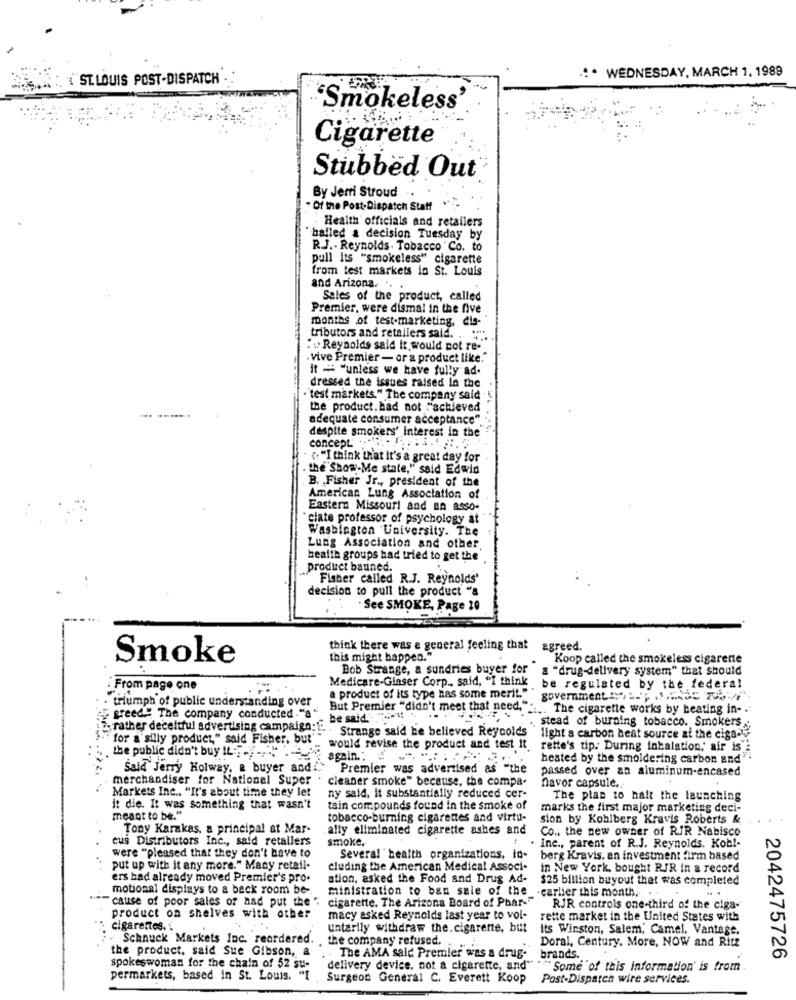
:. WEDNESDAY, MARCH 1, 1989
{"ST.LOUIS POST-DISPATCH .
'Smokeless'
Cigarette
Stubbed Out
By Jerri Stroud
. Of the Post-Dispatch Staff
Health officials and retailers
"balled a decision Tuesday by
R.J .- Reynolds. Tobacco Co. to
pull Its "smokeless" cigarette
from test markets in St. Louis
and Arizona. ..
Sales of the product, called
Premier, were dismal in the five
months of test-marketing, dis-"
tributors and retailers said. . .. ".
:Reynolds said it would not re-"
. vive Premier- or a product like."
it = "unless we have fully ad.
dressed the issues raised In the
·'test markets." The company said .
the product. bad not "achieved
adequate consumer acceptance"
despite smokers' interest in the
concept .... .......
. ""I think that it's a great day for
. the Show-Me state," said Edwin
. B. Fisher Jr ., president of the
American Lung Association of
Eastern Missouri and an 8550.
clate professor of psychology at
Washington University. The
Lung Association and other
health groups had tried to get the'
product bauned.
Fisher called R.J. Reynolds'
decision to pull the product "a
. See SMOKE, Page 20
think there was a general feeling that
agreed.
Smoke
this might happen."
..
Koop called the smokeless cigarente
Bob Strange, a sundries buyer for
a "drug-delivery system" that should
Medicare-Glaser Corp ., said, "I think
: From page one
. be regulated by the federal
a product of its type has some meril. government " .. ..
- triumph of public understanding over
But Premier "didn't meet that need," .... The cigarette works by heating in- . "
greed" The company conducted ."a"
be said "-"
stead of buraing tobacco. Smokers
rather deceitful advertising campaign ... . Strange said he believed Reynolds
"for a silly product," said Fisher, but"
light a carbon heat source ai the cigan
would revise the product and test it.
rette's dip. During inhalation; air is
. the public didn't buy IL: )-
again .: : ......
heated by the smoldering carbon and
Said Jerry Holway, a buyer and ... Premier was advertised as "the
passed over an aluminum-encased
merchandiser for National Super
cleaner smoke" because, the compa-
Markets Inc ., "It's about time they ler
navor capsule ..
ny said, it substantially reduced cer-
The plan to halt the launching
it die. It was something that wasn't
tain compounds found In the smoke of
marks the first major marketing deci-
meant to be."
tobacco-burning cigarettes and virtu-
sion by Kohlberg Kravis Roberts &
Tony Karakas, a principal at Mar-
ally eliminated cigarette ashes and
Co ., the new owner of RIR Nabisco
cus Distributors Inc ., said retailers
smoke.
Inc ., parent of R.J. Reynolds. Kob !-
were "pleased that they don't have to
Several health organizations, id.
berg Kravis, an investment firm based
put up with it any more." Many retail-
cluding the American Medical Associ-
in New York, bought RIR in a record
ers had already moved Premier's pro-
ation, asked the Food and Drug Ad-
$25 billion buyout that was completed
motional displays to a beck room be-
ministration to ban sale of the -carlier this month. ..
...
cause of poor sales of nad put the ":
cigarette. The Arizona Board of Phar-"
RJR controls one-third of the ciga-
product on shelves with other
macy asked Reynolds last year to vol-
rette market in the United States with
cigarettes .:
untarily withdraw the.cigarette, but
Its Winston, Salem, Camel. Vantage.
. Schnuck Markets Inc. reordered.
the company refused.
the product, said Sue Gibson, a
Doral, Century. More, NOW and Ritz
. The AMA sald Premier was a drug-
brands.
2042475726
spokeswoman for the chain of 52 su-
delivery device, not a cigarette, and"
""Some of this information' is from
permarkets, based in St. Louis. "I
Surgeon General C. Everett Koop
Post-Dispatch wire services.